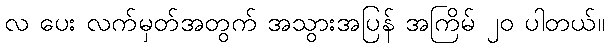
လ ပေး လက်မှတ်အတွက် အသွားအပြန် အကြိမ် ၂၀ ပါတယ်။